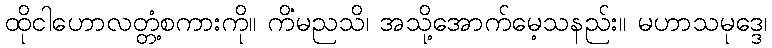
ထိုငါဟောလတ္တံ့စကားကို။ ကိံမညသိ၊ အသို့အောက်မေ့သနည်း။ မဟာသမုဒ္ဒေ၊